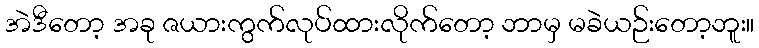
အဲဒီတော့ အခု ဇယားကွက်လုပ်ထားလိုက်တော့ ဘာမှ မခဲယဉ်းတော့ဘူး။